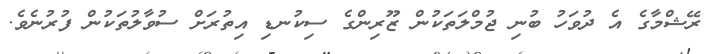
ރޭޝްމާގެ އެ ދުވަހު ބުނި ޖުމްލަތަކުން ޒޫރިންގެ ސިކުނޑި އިތުރަށް ސުވާލުތަކުން ފުރުނެވެ.